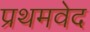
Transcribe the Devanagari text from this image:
प्रथमवेद